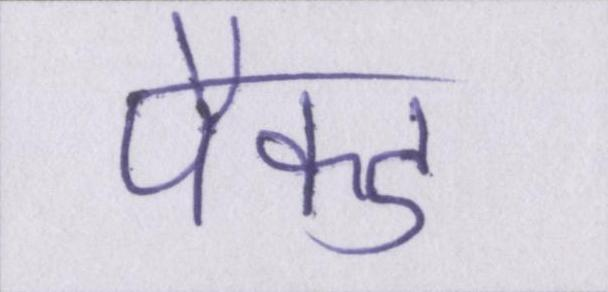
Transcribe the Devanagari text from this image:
पैक्ड